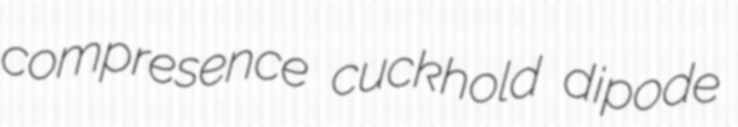
compresence cuckhold dipode